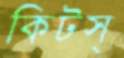
কিটস্